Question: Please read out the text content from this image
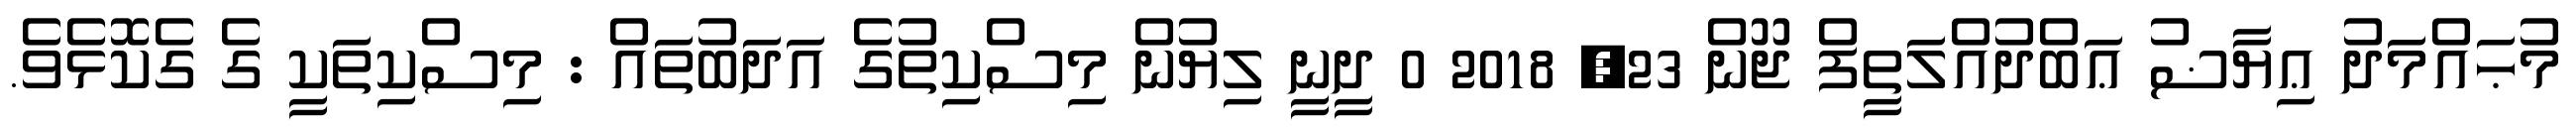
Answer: މުޙައްމަދު ޢިޔާޟު ޢަބްދުއްލަތީފް ޖޫން 23, 2018 0 ދީނީ ލިޔުން މިސްކިތުގެ އަދަބުތައް : މިސްކިތަކީ ގެ ގެކޮޅެވެ.